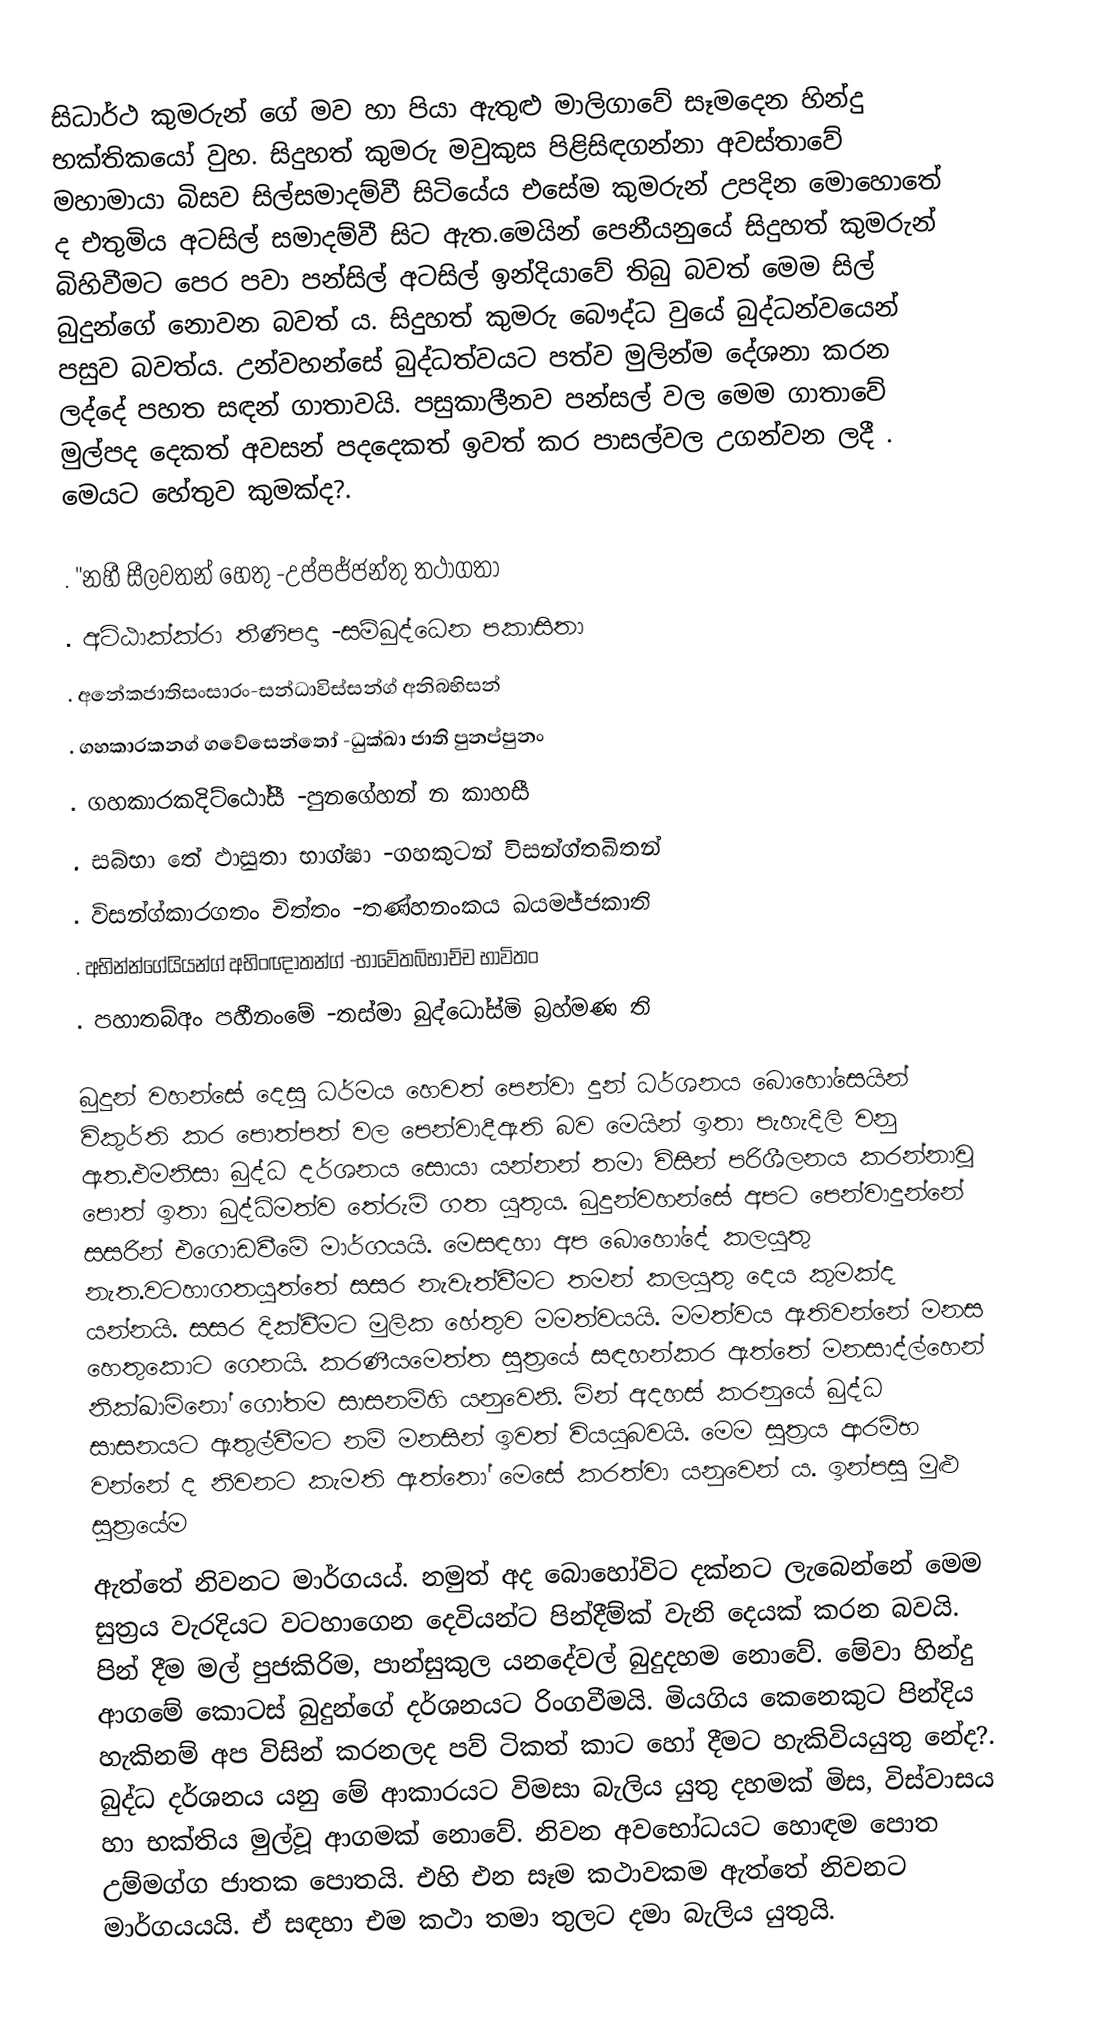
සිධාර්ථ කුමරුන් ගේ මව හා පියා ඇතුළු මාලිගාවේ සෑමදෙන හින්දු භක්තිකයෝ වුහ‍. සිදුහත් කුමරු මවුකුස පිළිසිඳගන්නා අවස්තාවේ මහාමායා බිසව සිල්සමාදම්වී සිටියේය එසේම කුමරුන් උපදින මොහොතේ ද එතුමිය අටසිල් සමාදම්වී සිට ඇත.මෙයින් පෙනීයනුයේ සිදුහත් කුමරුන් බිහිවීමට‍ පෙර පවා පන්සිල් අටසිල් ඉන්දියාවේ තිබු බවත් මෙම සිල් බුදුන්ගේ නොවන බවත් ය. සිදුහත් කුමරු බෞද්ධ වුයේ බුද්ධන්වයෙන් පසුව බවත්ය. උන්වහන්සේ බුද්ධත්වයට පත්ව මුලින්ම දේශනා කරන ලද්දේ පහත සඳන් ගාතාවයි. පසුකාලීනව පන්සල් වල මෙම ගාතාවේ මුල්පද දෙකත් අවසන් පදදෙකත් ඉවත් කර පාසල්වල උගන්වන ලදී . මෙයට හේතුව කුමක්ද?.

.  "නහී සීලවතන් හෙතු -උප්පජ්ජන්තු තථාගතා
.  අට්ඨාක්ක්රා තීණිපදා -සම්බුද්ධෙන පකාසිතා
.  අනේකජාතිසංසාරං-සන්ධාවිස්සන්ග් අනිබභිසන්
.  ගහකාරකනග් ගවේසෙන්තෝ -ධුක්ඛා ජාති පුනප්පුනං
.  ගහකාරකදිට්ඨෝසී -පුනගේහන් න කාහසී
.  සබ්භා තේ ඵාසුතා භාග්ඝා -ගහකුටන් විසන්ග්තඛිතන්
.  විසන්ග්කාරගතං චිත්තං -තණ්හනංකය ඛයමජ්ජකාති
.  අභින්න්ගේයියන්ග් අභිංඥාතන්ග් -භාවේතබ්භාච්ච භාවිතං
.  පහාතබ්අං පහීනංමේ -තස්මා බුද්ධෝස්මි බ්‍රහ්මණ ති

බුදුන් වහන්සේ දෙසු ධර්මය හෙවත් පෙන්වා දුන් ධර්ශනය බොහෝසෙයින් විකුර්ති කර පොත්පත් වල පෙන්වාදීඇති බව මෙයින් ඉතා පැහැදිලි වනු ඇත.එමනිසා බුද්ධ දර්ශනය සොයා යන්නන් තමා විසින් පරිශීලනය කරන්නාවූ පොත් ඉතා බුද්ධිමත්ව තේරුම් ගත යුතුය. බුදුන්වහන්සේ අපට පෙන්වාදුන්නේ සසරින් එගොඩවීමේ මාර්ගයයි. මෙසඳහා අප බොහෝදේ කලයුතු නැත.වටහාගතයුත්තේ සසර නැවැත්වීමට තමන් කලයුතු දෙය කුමක්ද යන්නයි. සසර දික්වීමට මුලික හේතුව මමත්වයයි. මමත්වය ඇතිවන්නේ මනස හෙතුකොට ගෙනයි. කරණීයමෙත්ත සුත්‍රයේ සඳහන්කර ඇත්තේ මනසාද්ල්හෙන් නික්ඛාමිනෝ ගෝතම සාසනම්හි යනුවෙනි. මින් අදහස් කරනුයේ බුද්ධ සාසනයට ඇතුල්වීමට නම් මනසින් ඉවත් වියයුබවයි. මෙම සුත්‍රය ආරම්භ වන්නේ ද නිවනට කැමති ඇත්තෝ මෙසේ කරත්වා යනුවෙන් ය. ඉන්පසු මුළු සුත්‍රයේම
ඇත්තේ නිවනට මාර්ගයය්. නමුත් අද බොහෝවිට දක්නට ලැබෙන්නේ මෙම සුත්‍රය වැරදියට වටහාගෙන දෙවියන්ට පින්දීම්ක් වැනි දෙයක් කරන බවයි. පින් දීම මල් පුජකිරිම, පාන්සුකුල යනදේවල් බුදුදහම නොවේ. මේවා හින්දු ආගමේ කොටස් බුදුන්ගේ දර්ශනයට රිංගවීමයි. මියගිය කෙනෙකුට පින්දිය හැකිනම් අප විසින් කරනලද පව් ටිකත් කාට හෝ දීමට හැකිවියයුතු නේද?. බුද්ධ දර්ශනය යනු මේ ආකාරයට විමසා බැලිය යුතු දහමක් මිස, විස්වාසය හා භක්තිය මුල්වූ ආගමක් නොවේ. නිවන අවභෝධයට හොඳම පොත උම්මග්ග ජාතක පොතයි. එහි එන සෑම කථාවකම ඇත්තේ නිවනට මාර්ගයයයි. ඒ සඳහා එම කථා තමා තුලට දමා බැලිය යුතුයි.